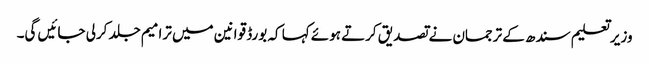
وزیرتعلیم سندھ کے ترجمان نے تصدیق کرتے ہوئے کہا کہ بورڈ قوانین میں ترامیم جلد کرلی جائیں گی۔